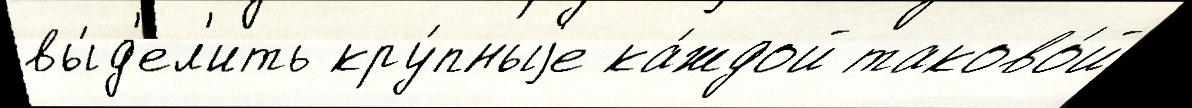
вы́д'ел'ить кру́пныjе ка́ждой таково́й